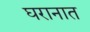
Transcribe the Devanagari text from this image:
घरानात